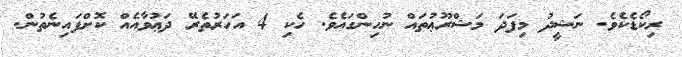
ރިކޯޑެކެވެ. ނަޝީދު މިފަދަ މަޝްރޫޢުތައް ނުހިންގައެވެ. ހެކި 4 އަހަރުތެރޭ ދަޢުވާއެއް ކޮށްފައިނެތުން.